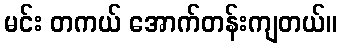
မင်း တကယ် အောက်တန်းကျတယ်။